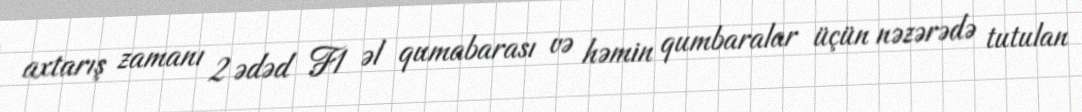
axtarış zamanı 2 ədəd F1 əl qumabarası və həmin qumbaralar üçün nəzərədə tutulan